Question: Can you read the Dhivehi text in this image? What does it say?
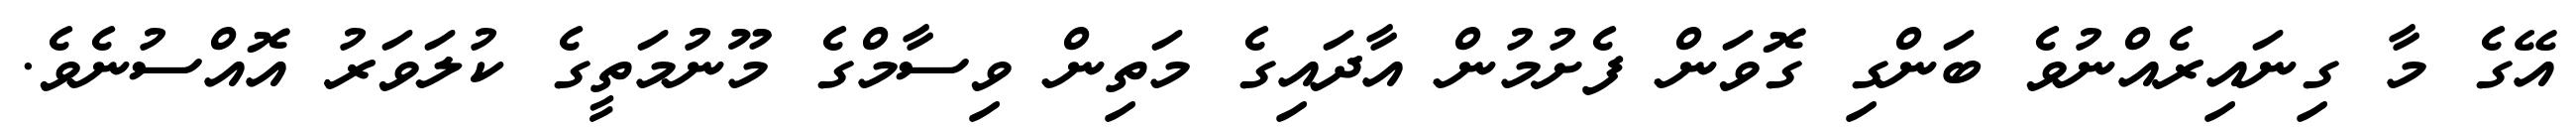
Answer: އޭގެ މާ ގިނައިރެއްނުވެ ބަންގި ގޮވަން ފެށުމުން އާދައިގެ މަތިން ވިސާމްގެ މޫނުމަތީގެ ކުލަވަރު އޮއްސުނެވެ.